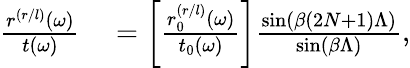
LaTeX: \begin{array}{rl}{\frac{r^{(r/l)}(\omega)}{t(\omega)}}&{{}=\left[\frac{r_{0}^{(r/l)}(\omega)}{t_{0}(\omega)}\right]\frac{\sin(\beta(2N+1)\Lambda)}{\sin(\beta\Lambda)},}\end{array}